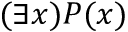
( \exists x ) P ( x )